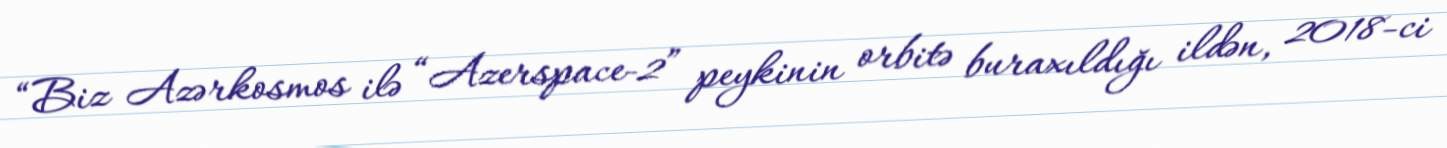
“Biz Azərkosmos ilə “Azerspace-2” peykinin orbitə buraxıldığı ildən, 2018-ci